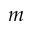
m